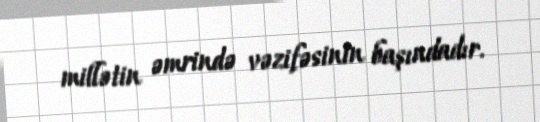
millətin əmrində vəzifəsinin başındadır.